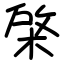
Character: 棨